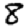
Digit: 8